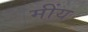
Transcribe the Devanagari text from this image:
मींय